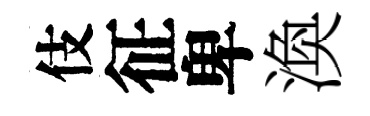
伎征卑渙